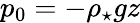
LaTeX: p_{0}=-\rho_{\star}gz